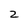
Character: 2